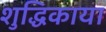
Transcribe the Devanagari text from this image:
शुद्धिकाया